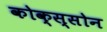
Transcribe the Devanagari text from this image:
कोक्स्सोन